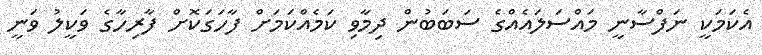
އެކަމަކީ ނަފްސާނީ މައްސަލައެއްގެ ސަބަބުން ދިމާވި ކަމެއްކަމަށް ފާހަގަކޮށް ފާރިހާގެ ވަކީލު ވަނީ